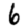
Digit: 6